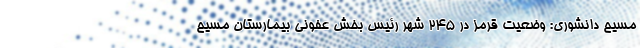
مسیح دانشوری: وضعیت قرمز در ۲۴۵ شهر رئیس بخش عفونی بیمارستان مسیح